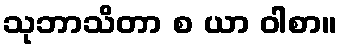
သုဘာသိတာ စ ယာ ဝါစာ။